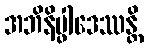
အဘိနိပ္ဖါဒေဿန္တိ